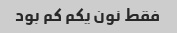
فقط نون یکم کم بود